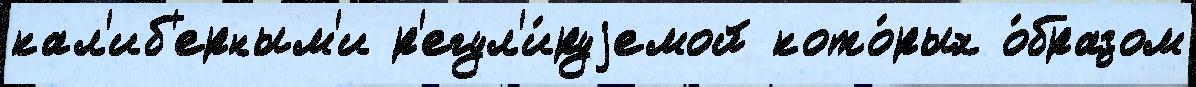
кал'иб'ерным'и р'егул'и́руjемой кото́рых о́бразом